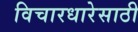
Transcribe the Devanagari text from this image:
विचारधारेसाठी